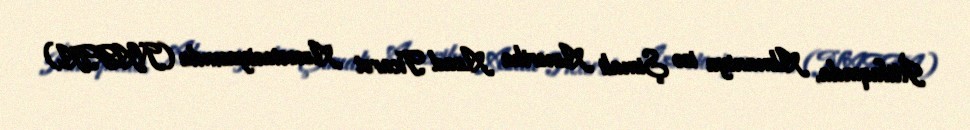
İttifaqında, Almaniya isə Şimali Amerika Azad Ticarət Assosiasiyasında (NAFTA)